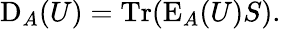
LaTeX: \operatorname{D}_{A}(U)=\operatorname{Tr}(\operatorname{E}_{A}(U)S).